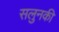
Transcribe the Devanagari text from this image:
सलुनकी